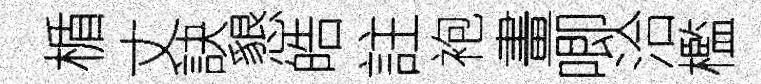
楯丈訣懇皓註袍畫唧洽檻